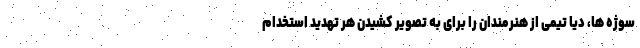
سوژه ها، دیا تیمی از هنرمندان را برای به تصویر کشیدن هر تهدید استخدام